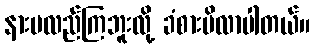
နားမလည်ကြဘူးလို့ ခံစားမိလာပါတယ်။